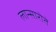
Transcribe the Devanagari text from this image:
लान्सारोते